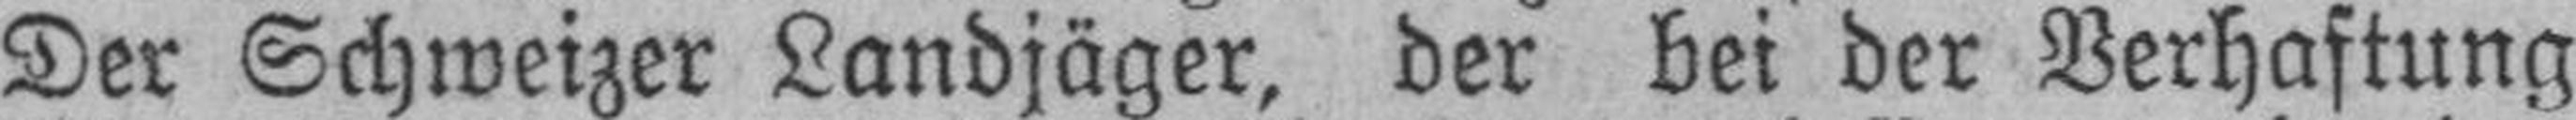
Der Schweizer Landjäger, der bei der Verhaftung